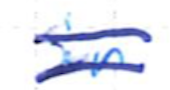
Text: in
Cross-out: double-line
Writing tool: ballpoint